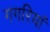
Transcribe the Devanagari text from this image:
गगरियां